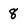
Character: 8